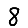
Digit: 8